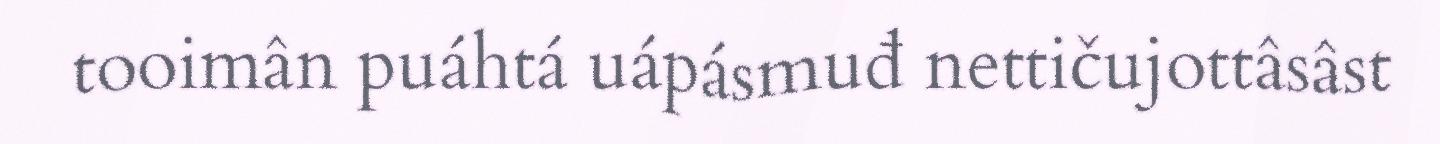
tooimân puáhtá uápásmuđ nettičujottâsâst